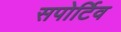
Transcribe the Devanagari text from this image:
सपोर्टिव